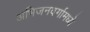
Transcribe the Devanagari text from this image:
अभिजनवर्गामध्ये